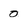
Character: 0